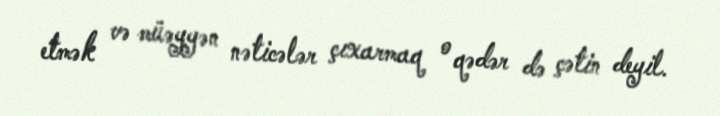
etmək və müəyyən nəticələr çıxarmaq o qədər də çətin deyil.